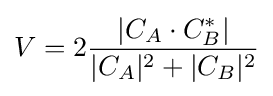
V=2{\frac {|C_{A}\cdot C_{B}^{*}|}{|C_{A}|^{2}+|C_{B}|^{2}}}